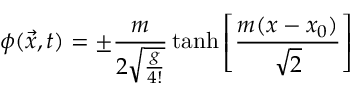
\phi ( { \vec { x } } , t ) = \pm { \frac { m } { 2 { \sqrt { \frac { g } { 4 ! } } } } } \operatorname { t a n h } \left[ { \frac { m ( x - x _ { 0 } ) } { \sqrt { 2 } } } \right]